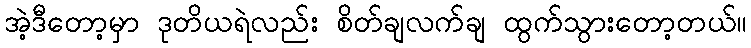
အဲ့ဒီတော့မှာ ဒုတိယရဲလည်း စိတ်ချလက်ချ ထွက်သွားတော့တယ်။